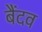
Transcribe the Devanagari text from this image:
बैंदव